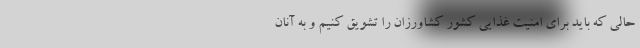
حالی که باید برای امنیت غذایی کشور کشاورزان را تشویق کنیم و به آنان